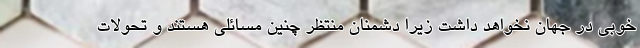
خوبی در جهان نخواهد داشت زیرا دشمنان منتظر چنین مسائلی هستند و تحولات